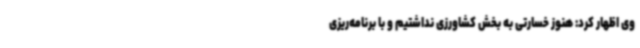
وی اظهار کرد: هنوز خسارتی به بخش کشاورزی نداشتیم و با برنامه‌ریزی